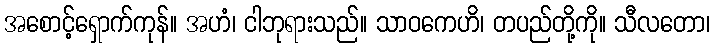
အစောင့်ရှောက်ကုန်။ အဟံ၊ ငါဘုရားသည်။ သာဝကေဟိ၊ တပည်တို့ကို။ သီလတော၊